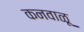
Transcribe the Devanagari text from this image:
कनवाळू